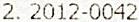
2. 2012-0042